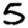
Digit: 5